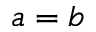
a = b